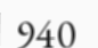
940